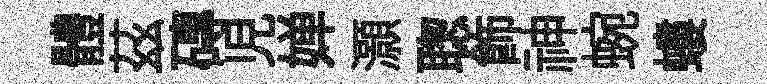
體茲磚児婵灝聦飾神蜿螻